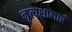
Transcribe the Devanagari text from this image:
नृत्यशालाएँ